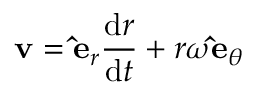
\mathbf { v } = \mathbf { \hat { e } } _ { r } { \frac { \mathrm { d } r } { \mathrm { d } t } } + r \omega \mathbf { \hat { e } } _ { \theta }